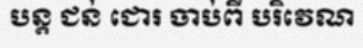
បន្ត ជន់ ជោរ ចាប់ពី បរិវេណ